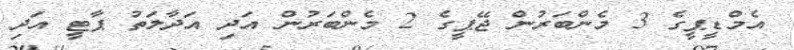
އެމްޑީޕީގެ 3 މެންބަރުން ޖޭޕީގެ 2 މެންބަރުން އަދި އަދާލަތު ޕާޓީ އަދި